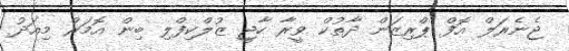
ޖެނެރަލް އޮފް ޕްރިޒަން ދާތުކް ވީރާ ހާޖީ ޒުލްކިފްލި ބިން އޮމަރް މިއަދު